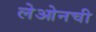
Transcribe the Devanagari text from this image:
लेओनची